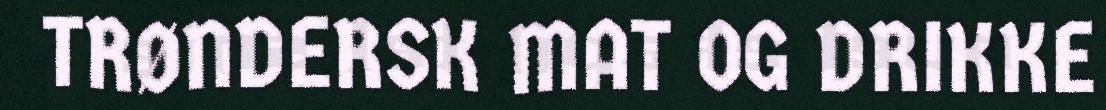
TRØNDERSK MAT OG DRIKKE